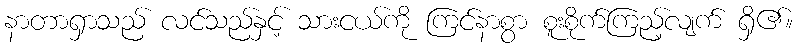
နာတာရှာသည် လင်သည်နှင့် သားငယ်ကို ကြင်နာစွာ စူးစိုက်ကြည့်လျက် ရှိ၏။